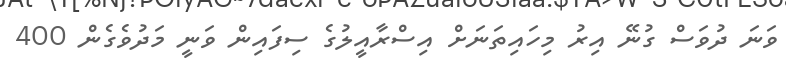
ވަނަ ދުވަސް ގުނޭ އިރު މިހައިތަނަށް އިސްރާއީލުގެ ސިފައިން ވަނީ މަދުވެގެން 400